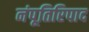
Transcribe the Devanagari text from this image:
नंपूतिरिपाद